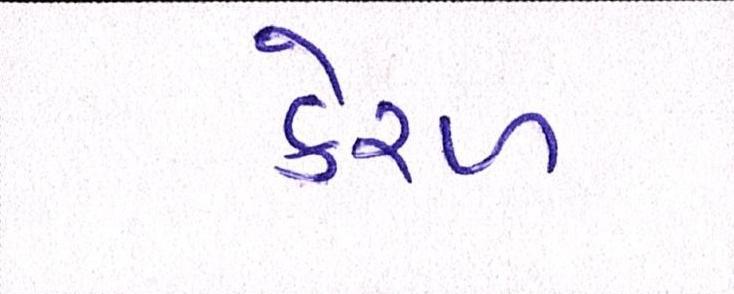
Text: કેરળ